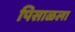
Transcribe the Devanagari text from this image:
पिसाळला